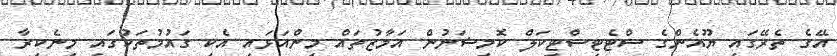
އޭގެ ތެރޭގައި ޔޫއެންގެ ސްޓެޓިސްޓިކަލް ކޮމިޝަނުން އަމާޒުތައް މިންއަޅައި އެކި ގައުމުތަކުގައި މިނެކިރާ